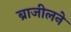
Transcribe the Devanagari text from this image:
ब्राजीलने